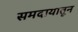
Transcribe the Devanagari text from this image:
समदायातून